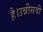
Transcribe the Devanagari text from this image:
है।उन्नीसवीं